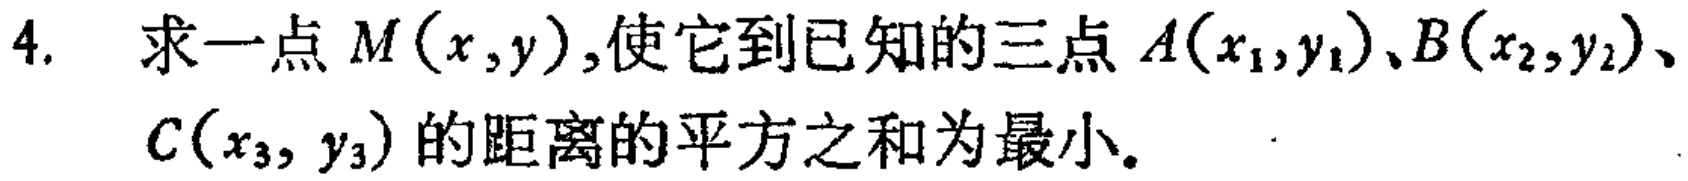
4. 求一点 \(M(x,y)\),使它到已知的三点 \(A(x_1,y_1)\)、\(B(x_2,y_2)\)、\(C(x_3, y_3)\) 的距离的平方之和为最小。